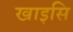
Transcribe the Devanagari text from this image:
खाइसि